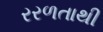
રરળતાથી